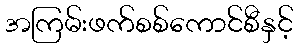
အကြမ်းဖက်စစ်ကောင်စီနှင့်